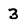
Character: 3